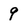
Character: q